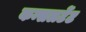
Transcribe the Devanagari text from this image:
कन्सलटेंट